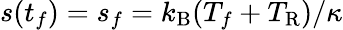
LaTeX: s(t_{f})=s_{f}=k_{\mathrm{B}}(T_{f}+T_{\mathrm{R}})/\kappa